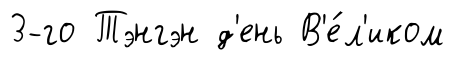
3-го Тэнгэн д'ень В'е́л'иком